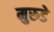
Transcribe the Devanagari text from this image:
मुरुडे